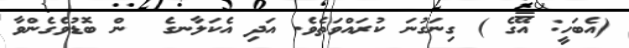
(އެބަހީ: އޭގެ ) ގިނަގުނަ ކުރައްވަތެވެ. އަދި އެކަލާނގެ  ން ބޮޑުވެގެންވާ